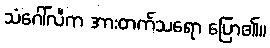
သံဂေါ်လီက အားတက်သရော ပြော၏။